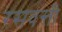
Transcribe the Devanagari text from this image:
रसवन्ती